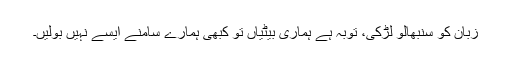
زبان کو سنبھالو لڑکی، توبہ ہے ہماری بیٹیاں تو کبھی ہمارے سامنے ایسے نہیں بولیں۔